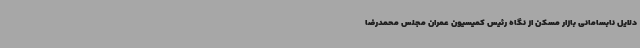
دلایل نابسامانی بازار مسکن از نگاه رئیس کمیسیون عمران مجلس محمدرضا